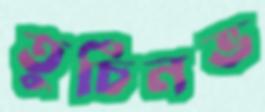
তুর্চিনভ